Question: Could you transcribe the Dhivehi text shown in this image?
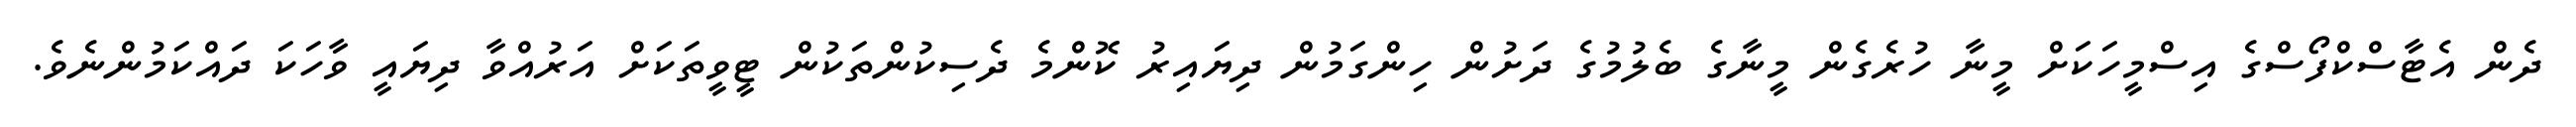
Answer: ދެން އެޓާސްކްފޯސްގެ އިސްމީހަކަށް މީނާ ހުރެގެން މީނާގެ ބެލުމުގެ ދަށުން ހިންގަމުން ދިޔައިރު ކޮންމެ ދެސިކުންތަކުން ޓީވީތަކަށް އަރުއްވާ ދިޔައީ ވާހަކަ ދައްކަމުންނެވެ.